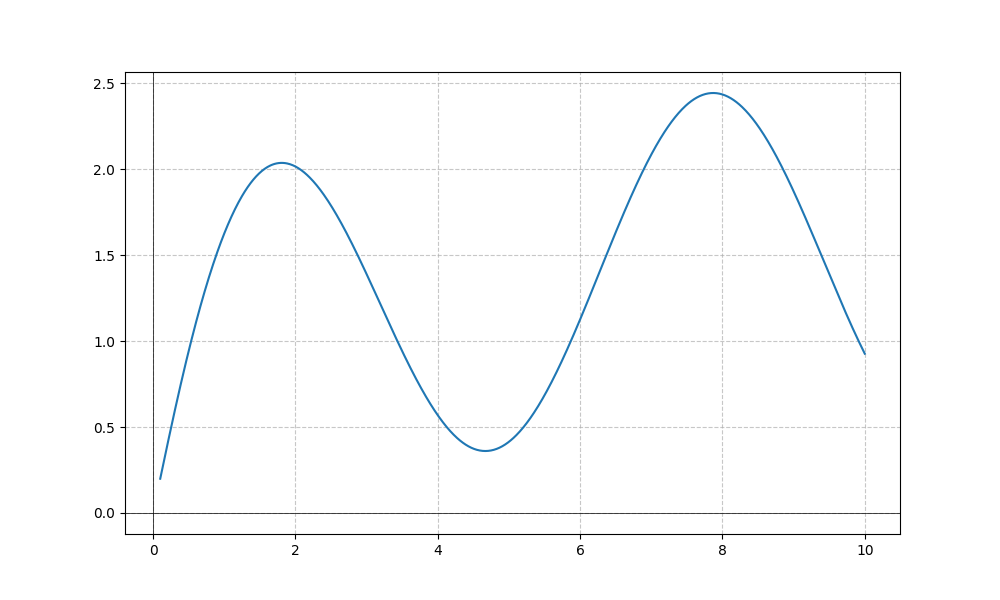
LaTeX formula: \sin{\left(x \right)} + \operatorname{atan}{\left(x \right)}